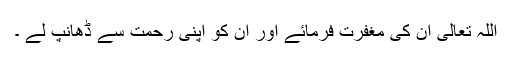
اللہ تعالیٰ ان کی مغفرت فرمائے اور ان کو اپنی رحمت سے ڈھانپ لے ۔